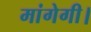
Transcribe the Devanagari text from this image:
मांगेगी।